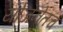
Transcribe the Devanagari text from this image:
योजनेतच